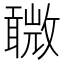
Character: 𣀋